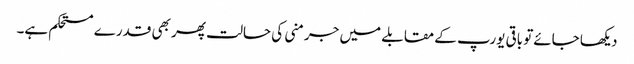
دیکھا جائےتو باقی یورپ کے مقابلے میں جرمنی کی حالت پھر بھی قدرے مستحکم ہے۔